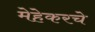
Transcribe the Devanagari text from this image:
मेहेकरचे